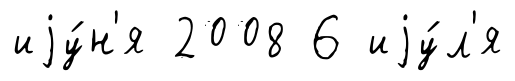
иjу́н'я 2008 6 иjу́л'я